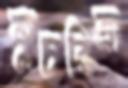
কুচরিত্রা